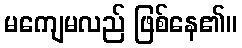
မကျေမလည် ဖြစ်နေ၏။